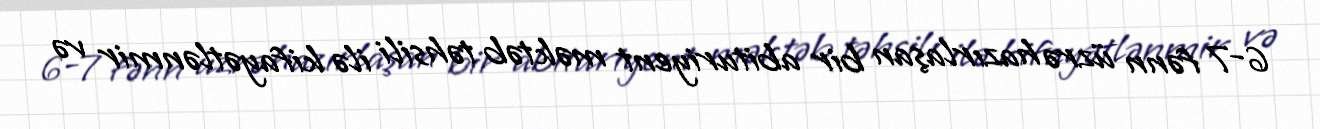
6-7 fənn üzrə hazırlaşan bir abituriyent məktəb təhsili ilə kifayətlənmir və